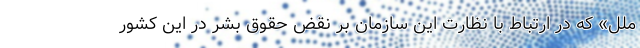
ملل» که در ارتباط با نظارت این سازمان بر نقض حقوق بشر در این کشور